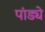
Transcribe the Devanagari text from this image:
पांड्ये